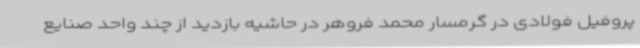
پروفیل فولادی در گرمسار محمد فروهر در حاشیه بازدید از چند واحد صنایع